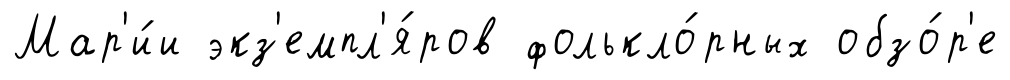
Мар'и́и экз'емпл'я́ров фолькло́рных обзо́р'е